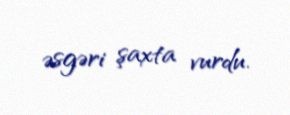
əsgəri şaxta vurdu.